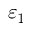
\varepsilon _ { 1 }